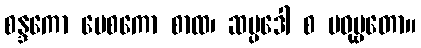
စန္ဒကော မေစကော စာထ၊ ဆပ္ပဒေါ စ မဓုဗ္ဗတော။